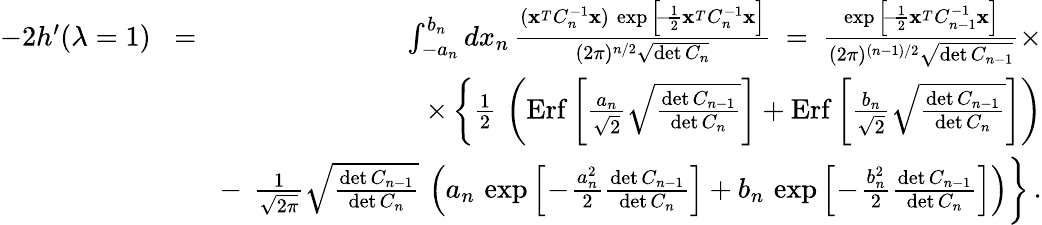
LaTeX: \begin{array}{rlr}{-2h^{\prime}(\lambda=1)}&{\! =\! }&{\int_{-a_{n}}^{b_{n}}dx_{n}\, {\frac{({\mathbf x}^{_T}C_{n}^{-1}{\mathbf x})\, \exp\Big[\! -\! {\frac{1}{2}}{\mathbf x}^{_T}C_{n}^{-1}{\mathbf x}\Big]}{(2\pi)^{n/2}\sqrt{\operatorname*{det}C_{n}}}}\ =\ {\frac{\exp\Big[\! -\! {\frac{1}{2}}{\mathbf x}^{_T}C_{n-1}^{-1}{\mathbf x}\Big]}{(2\pi)^{(n-1)/2}\sqrt{\operatorname*{det}C_{n-1}}}}\times}\\ &{}&{\times\left\{ {\frac{1}{2}}\, \left(\mathrm{Erf}\left[{\frac{a_{n}}{\sqrt 2}}\sqrt{\frac{\operatorname*{det}C_{n-1}}{\operatorname*{det}C_{n}}}\right]+\mathrm{Erf}\left[{\frac{b_{n}}{\sqrt 2}}\sqrt{\frac{\operatorname*{det}C_{n-1}}{\operatorname*{det}C_{n}}}\right]\right)\right.}\\ &{}&{-\ \left.{\frac{1}{\sqrt{2\pi}}}\sqrt{\frac{\operatorname*{det}C_{n-1}}{\operatorname*{det}C_{n}}}\, \left(a_{n}\, \exp\Big[\! -\! {\frac{a_{n}^{2}}{2}}{\frac{\operatorname*{det}C_{n-1}}{\operatorname*{det}C_{n}}}\Big]+b_{n}\, \exp\Big[\! -\! {\frac{b_{n}^{2}}{2}}{\frac{\operatorname*{det}C_{n-1}}{\operatorname*{det}C_{n}}}\Big]\right)\right\} \, .}\end{array}